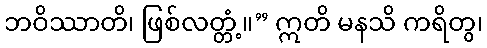
ဘဝိဿာတိ၊ ဖြစ်လတ္တံ့။” ဣတိ မနသိ ကရိတွ၊